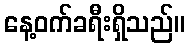
နေ့ဝက်ခရီးရှိသည်။